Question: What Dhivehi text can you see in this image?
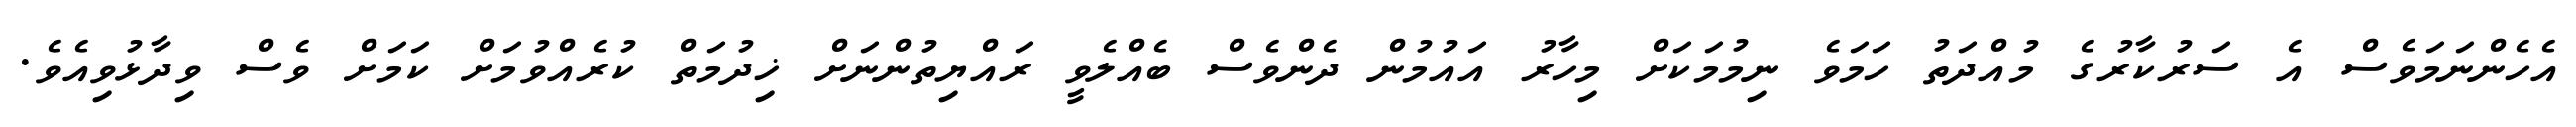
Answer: އެހެންނަމަވެސް އެ ސަރުކާރުގެ މުއްދަތު ހަމަވެ ނިމުމަކަށް މިހާރު އައުމުން ދެންވެސް ބެއްލެވީ ރައްޔިތުންނަށް ޚިދުމަތް ކުރެއްވުމަށް ކަމަށް ވެސް ވިދާޅުވިއެވެ.